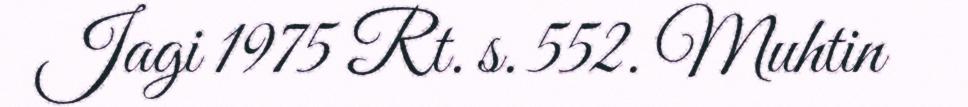
Jagi 1975 Rt. s. 552. Muhtin